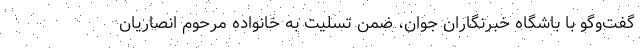
گفت‌وگو با باشگاه خبرنگاران جوان، ضمن تسلیت به خانواده مرحوم انصاریان